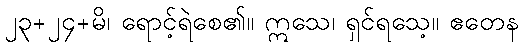
၂၃+၂၄+မိ၊ ရောင့်ရဲစေ၏။ ဣသေ၊ ရှင်ရသေ့။ ဧတေန